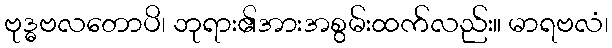
ဗုဒ္ဓဗလတောပိ၊ ဘုရား၏အားအစွမ်းထက်လည်း။ မာရဗလံ၊